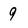
Character: 9